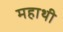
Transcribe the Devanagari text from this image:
महाथी